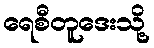
ရေစီတူဒေးသို့